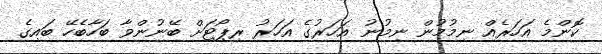
ކޮންމެ އަހަރެއް ނިމުމުން ނިމުނު އަހަރުގެ އަހަރު ރިޕޯޓަށް ބޭނުންވާ ބަހާބެހޭ ބައިގެ